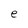
Character: e